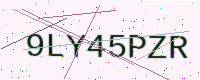
Text: 9LY45PZR